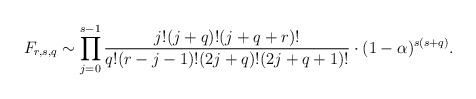
\begin{align*}F_{r,s,q}\sim\prod_{j=0}^{s-1}\frac{j!(j+q)! (j+q+r)!}{q!(r-j-1)!(2j+q)!(2j+q+1)!}\cdot (1-\alpha)^{s(s+q)}.\end{align*}